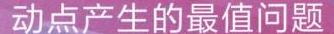
动点产生的最值问题